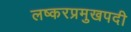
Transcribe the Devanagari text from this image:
लष्करप्रमुखपदी